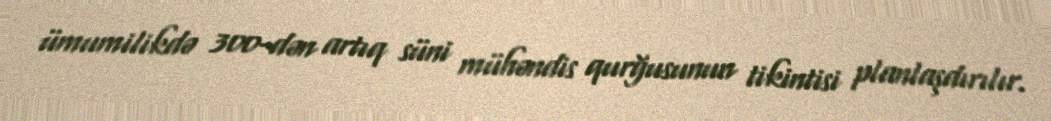
ümumilikdə 300-dən artıq süni mühəndis qurğusunun tikintisi planlaşdırılır.